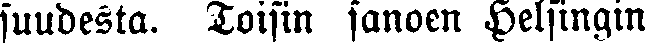
suudesta. Toisin sanoen Helsingin